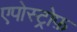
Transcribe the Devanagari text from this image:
एपोस्ट्रोफ़